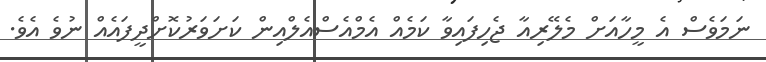
ނަމަވެސް އެ މީހާއަށް މެލޭރިއާ ޖެހިފައިވާ ކަމެއް އެމްއެސްއެލްއިން ކަށަވަރުކޮށްދީފައެއް ނުވެ އެވެ.